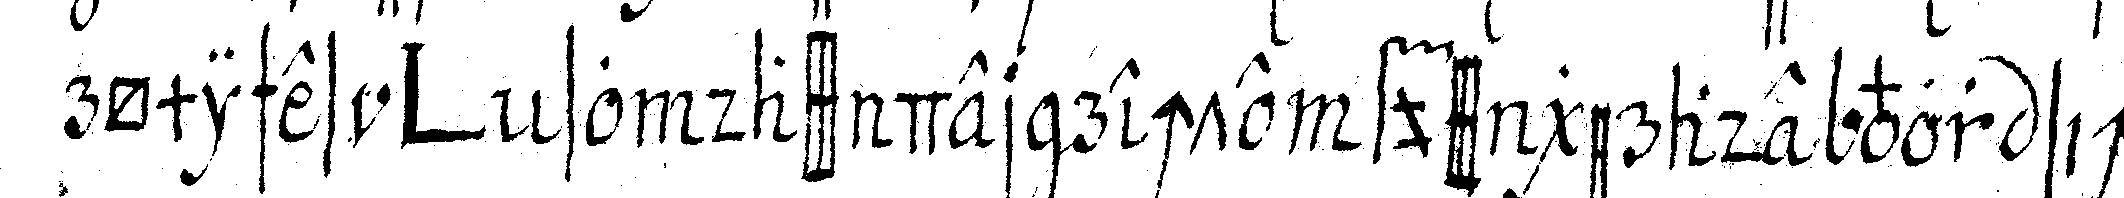
römischesch *bigl* so dass der rechte fuss gerade vor sich